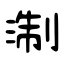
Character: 淛